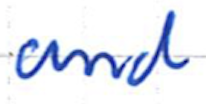
Text: and
Cross-out: clean
Writing tool: ballpoint